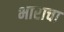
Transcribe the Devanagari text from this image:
भाराचा